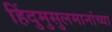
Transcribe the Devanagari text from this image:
हिंदुमुसुलमानांच्या